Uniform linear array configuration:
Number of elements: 12
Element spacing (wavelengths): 0.5
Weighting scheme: kaiser
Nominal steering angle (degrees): -60
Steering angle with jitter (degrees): -59.866
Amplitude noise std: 0.05
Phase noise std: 0.05

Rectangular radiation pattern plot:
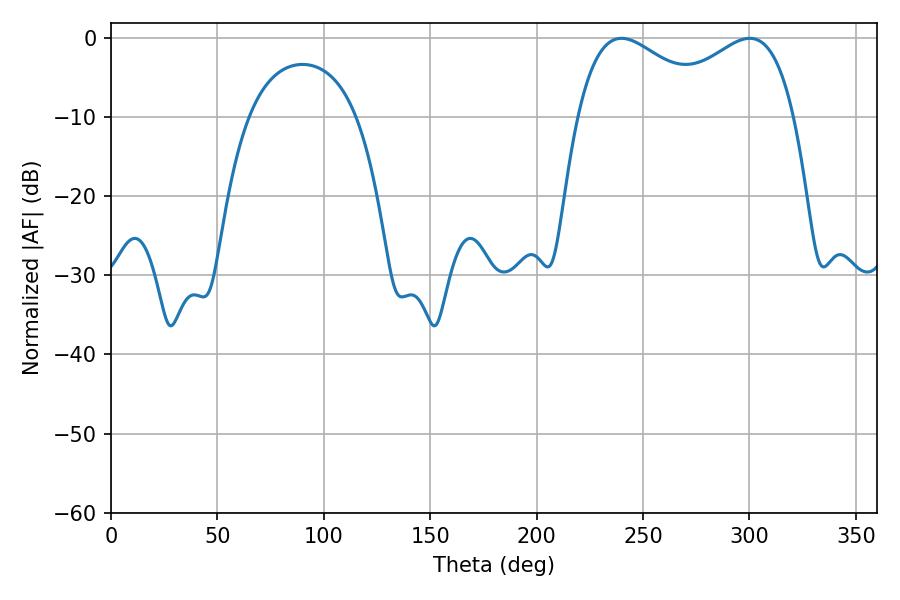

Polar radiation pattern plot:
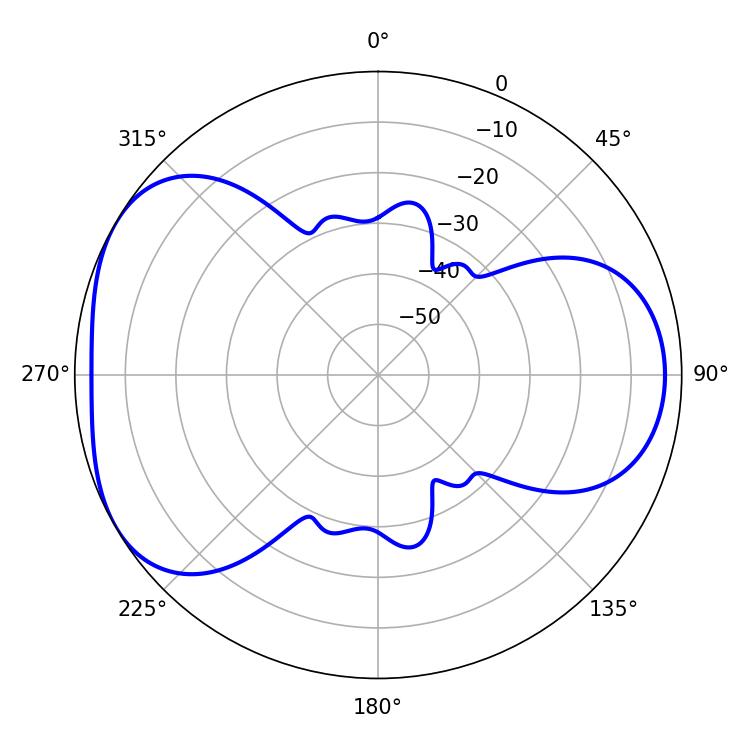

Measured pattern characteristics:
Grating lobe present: FALSE
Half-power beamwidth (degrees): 36.18
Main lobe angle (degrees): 239.94